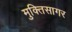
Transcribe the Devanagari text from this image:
मुक्तिसागर